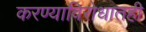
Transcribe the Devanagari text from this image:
करण्याविरोधातही